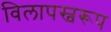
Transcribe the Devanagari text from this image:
विलापस्वरूप